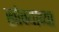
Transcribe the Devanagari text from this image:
खोक्याच्या